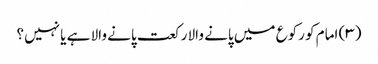
(۳) امام کو رکوع میں پانے والا رکعت پانے والا ہے یا نہیں؟